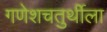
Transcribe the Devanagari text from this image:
गणेशचतुर्थीला